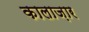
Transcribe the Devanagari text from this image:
कालाज़ार